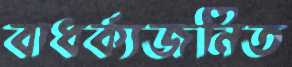
বাধর্ক্যজনিত